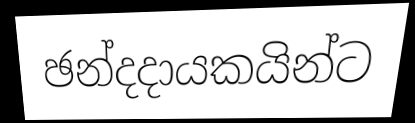
ඡන්දදායකයින්ට